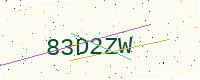
Text: 83D2ZW